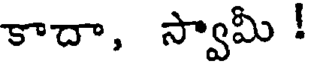
కాదా, స్వామీ !